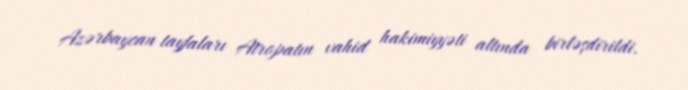
Azərbaycan tayfaları Atropatın vahid hakimiyyəti altında birləşdirildi.